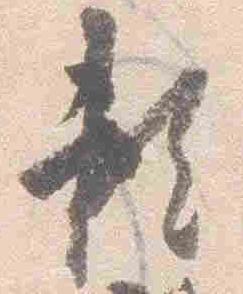
頼